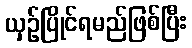
ယှဉ်ပြိုင်ရမည်ဖြစ်ပြီး